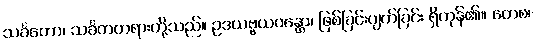
သင်္ခတော၊ သင်္ခတတရားတို့သည်။ ဥဒယဗ္ဗယဝန္တော၊ ဖြစ်ခြင်းပျက်ခြင်း ရှိကုန်၏။ တေစ၊